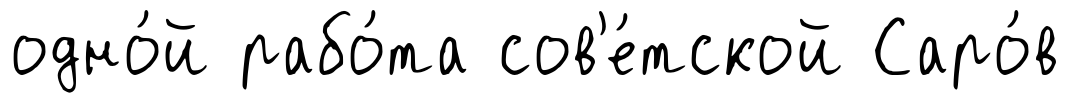
одно́й рабо́та сов'е́тской Саро́в